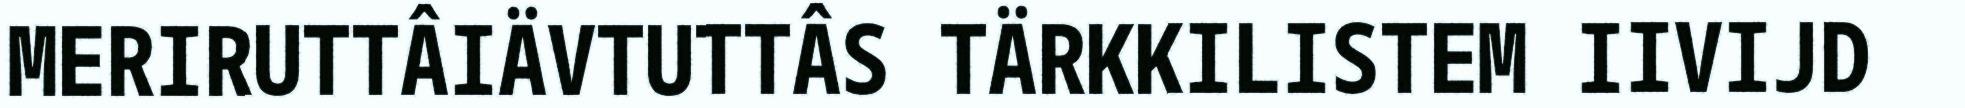
MERIRUTTÂIÄVTUTTÂS TÄRKKILISTEM IIVIJD